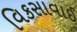
વિકસાવાઈ